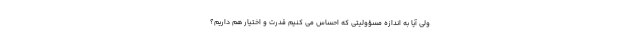
ولی آیا به اندازه مسؤولیتی که احساس می کنیم قدرت و اختیار هم داریم؟